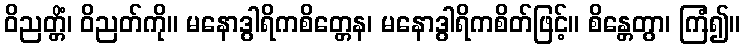
ဝိညတ္တိံ၊ ဝိညတ်ကို။ မနောဒွါရိကစိတ္တေန၊ မနောဒွါရိကစိတ်ဖြင့်။ စိန္တေတွာ၊ ကြံ၍။